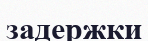
задержки